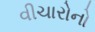
વીચારોનો